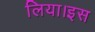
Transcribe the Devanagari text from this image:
लिया।इस